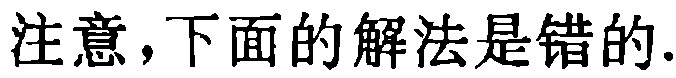
注意，下面的解法是错的.